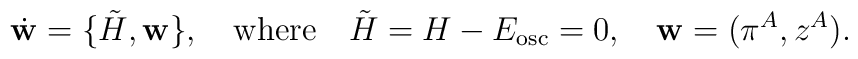
\dot {\bf w}=\{{\tilde H} , {\bf w}\} , \quad {\rm where }\quad {\tilde H}=H-E_{\rm osc}=0,\quad{\bf w} =(\pi^A , z^A ).